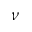
\nu